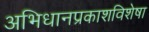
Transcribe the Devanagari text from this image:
अभिधानप्रकाशविशेषा